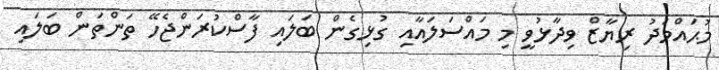
މުޙައްމަދު ރިޔާޒް ވިދާޅުވީ މި މައްސަލައާއި ގުޅިގެން ބަލައި ފާސްކުރަންޖެހޭ ތަންތަން ބަލައި